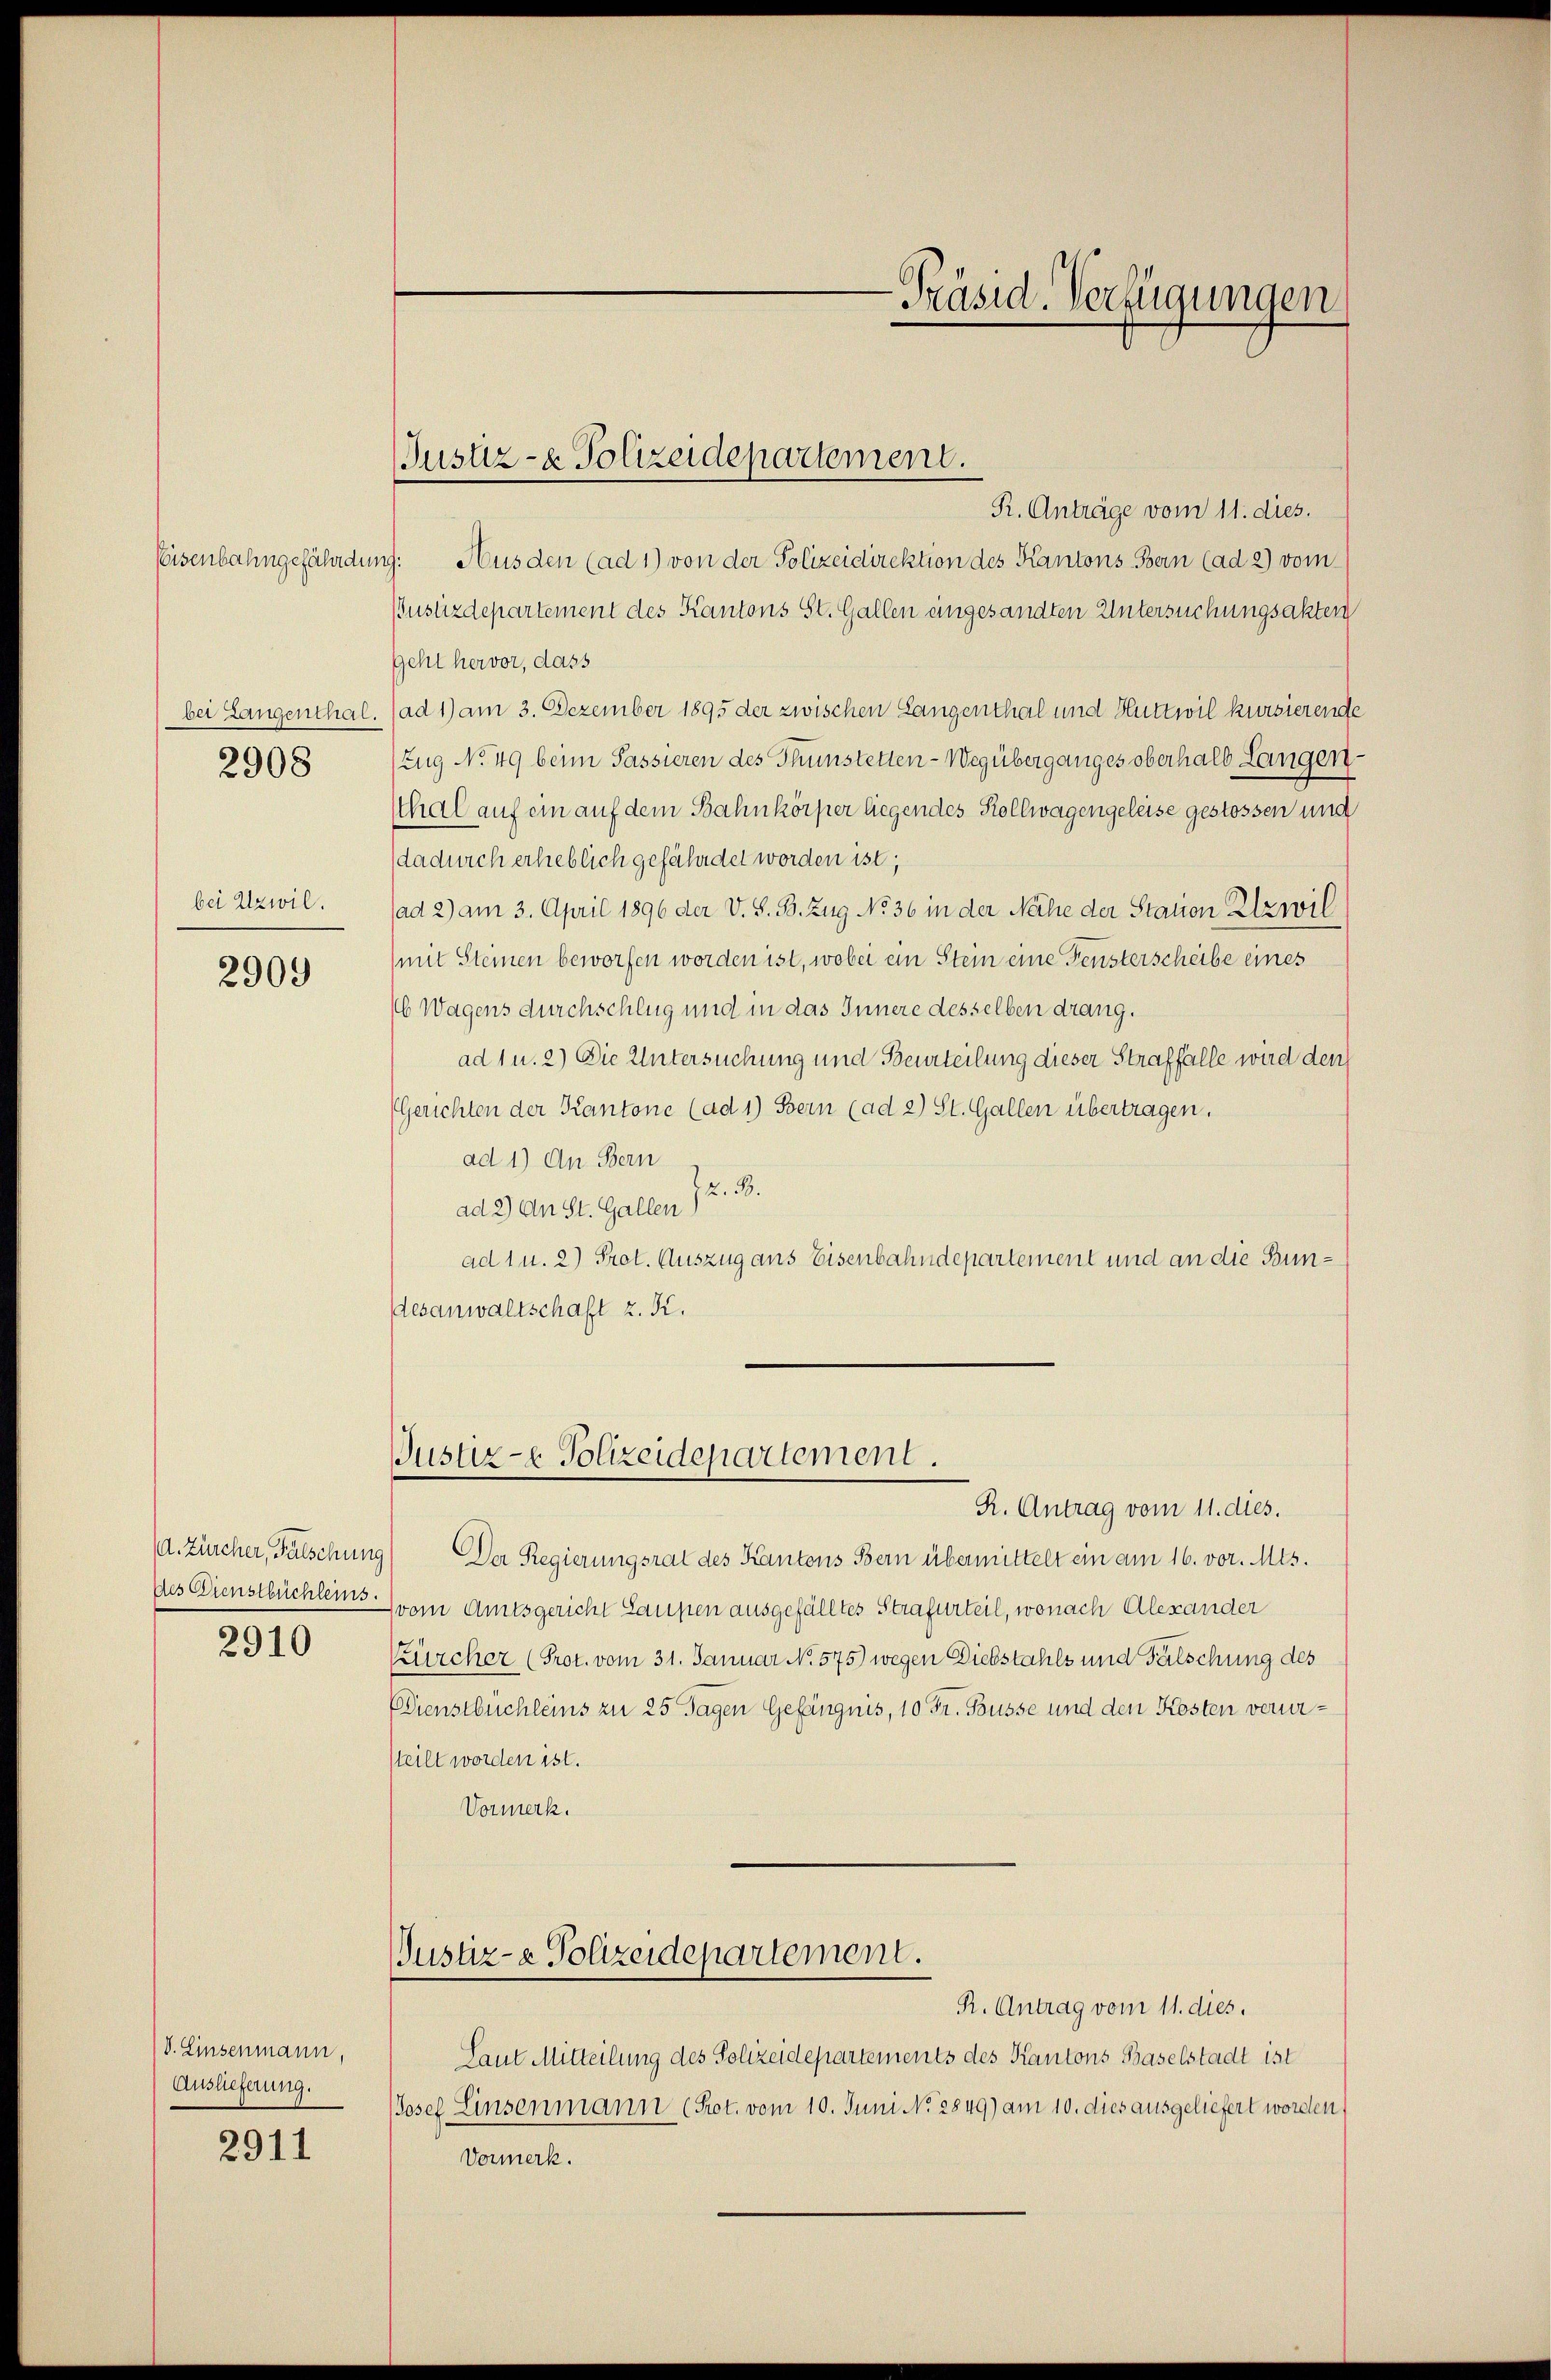
Eisenbahngefährde
bei Langenthal
2908

bei Azwil.

2909

2910

V. Einsenmann,
Auslieferung.

2911

R. Anträge vom 11. dies.
ing. Ausden (ad 1) von der Polizeidirektion des Kantons Bern (ad 2) vom
Bustizdepartement des Kantons St. Gallen eingesandten Untersuchungsakten
Geht hervor, dass
(ad 1) am 3. Dezember 1895 der zwischen Langenthal und Huttwil kursierende
Zug No 49 beim Passieren des Thunstetten-Wegüberganges oberhalb Langen.
sthal auf ein auf dem Bahnkörper liegendes Kollwagengeleise gestossen und
dadurch erheblich gefährdet worden ist;
(ad 2) am 3. April 1896 der V. S. B. Zug No 36 in der Nähe der Station Etzwil
(mit Steinen beworfen worden ist, wobei ein Stein eine Fensterscheibe eines
16 Wagens durchschlug und in das Innere desselben drang.
ad 1 u. 2) Die Untersuchung und Beurteilung dieser Straffälle wird den
(Gerichten der Kantone (ad 1) Bern (ad 2) St. Gallen übertragen.
ad 1) An Bern
2. B.
ad 2) An St. Gallen)
ad 1 u. 2) Prot. Auszug aus Eisenbahndepartement und an die Bunesanwaltschaft z. K.
Justiz - Polizeidepartement.
R. Antrag vom 11. dies.
/. Zürcher, Fälschung) Der Regierungsrat des Kantons Bern übermittelt ein am 16. vor. Mts.
des Dienstbüchler vom Amtsgericht Laupen ausgefälltes Strafurteil, wonach Alexander
Zürcher (Prot. vom 31. Januar N. 575) wegen Diebstahls und Fälschung des
Dienstbüchleins zu 25 Tagen Gefängnis, 10 Fr. Busse und den Kosten verursteilt worden ist.
Vormerk.

Justiz- & Polizeidepartement.

Justiz- & Polizeidepartement.

-Präsid. Verfügungen

R. Antrag vom 11. dies.
Laut Mitteilung des Polizeidepartements des Kantons Baselstadt ist
Josef Linsenmann (Prot. vom 10. Juni No 2849) am 10. dies ausgeliefert worden
Vormerk.